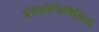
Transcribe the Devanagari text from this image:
इंतेलीजिबिलिस